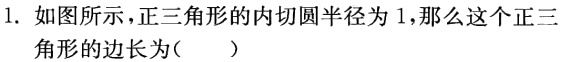
1. 如图所示，正三角形的内切圆半径为 1，那么这个正三

角形的边长为（  ）